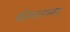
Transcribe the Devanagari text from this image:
कोमलताम्मल